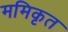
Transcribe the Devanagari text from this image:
ममिकृत